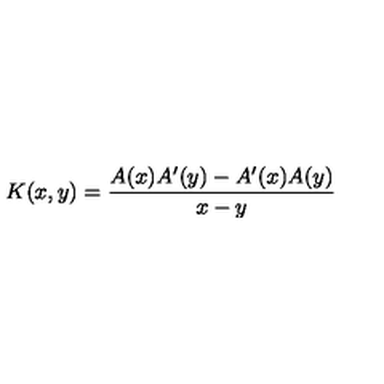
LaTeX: K ( x , y ) = { \frac { A ( x ) A ^ { \prime } ( y ) - A ^ { \prime } ( x ) A ( y ) } { x - y } }